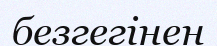
безгегінен